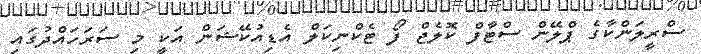
ސްރީލަންކާގެ ޕްލޭން ސްޓާފް ކޮލެޖް ފޯ ޓެކްނިކަލް އެޑިއުކޭޝަން އަކީ މި ސަރަހައްދުގައި